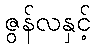
ဇွန်လနှင့်